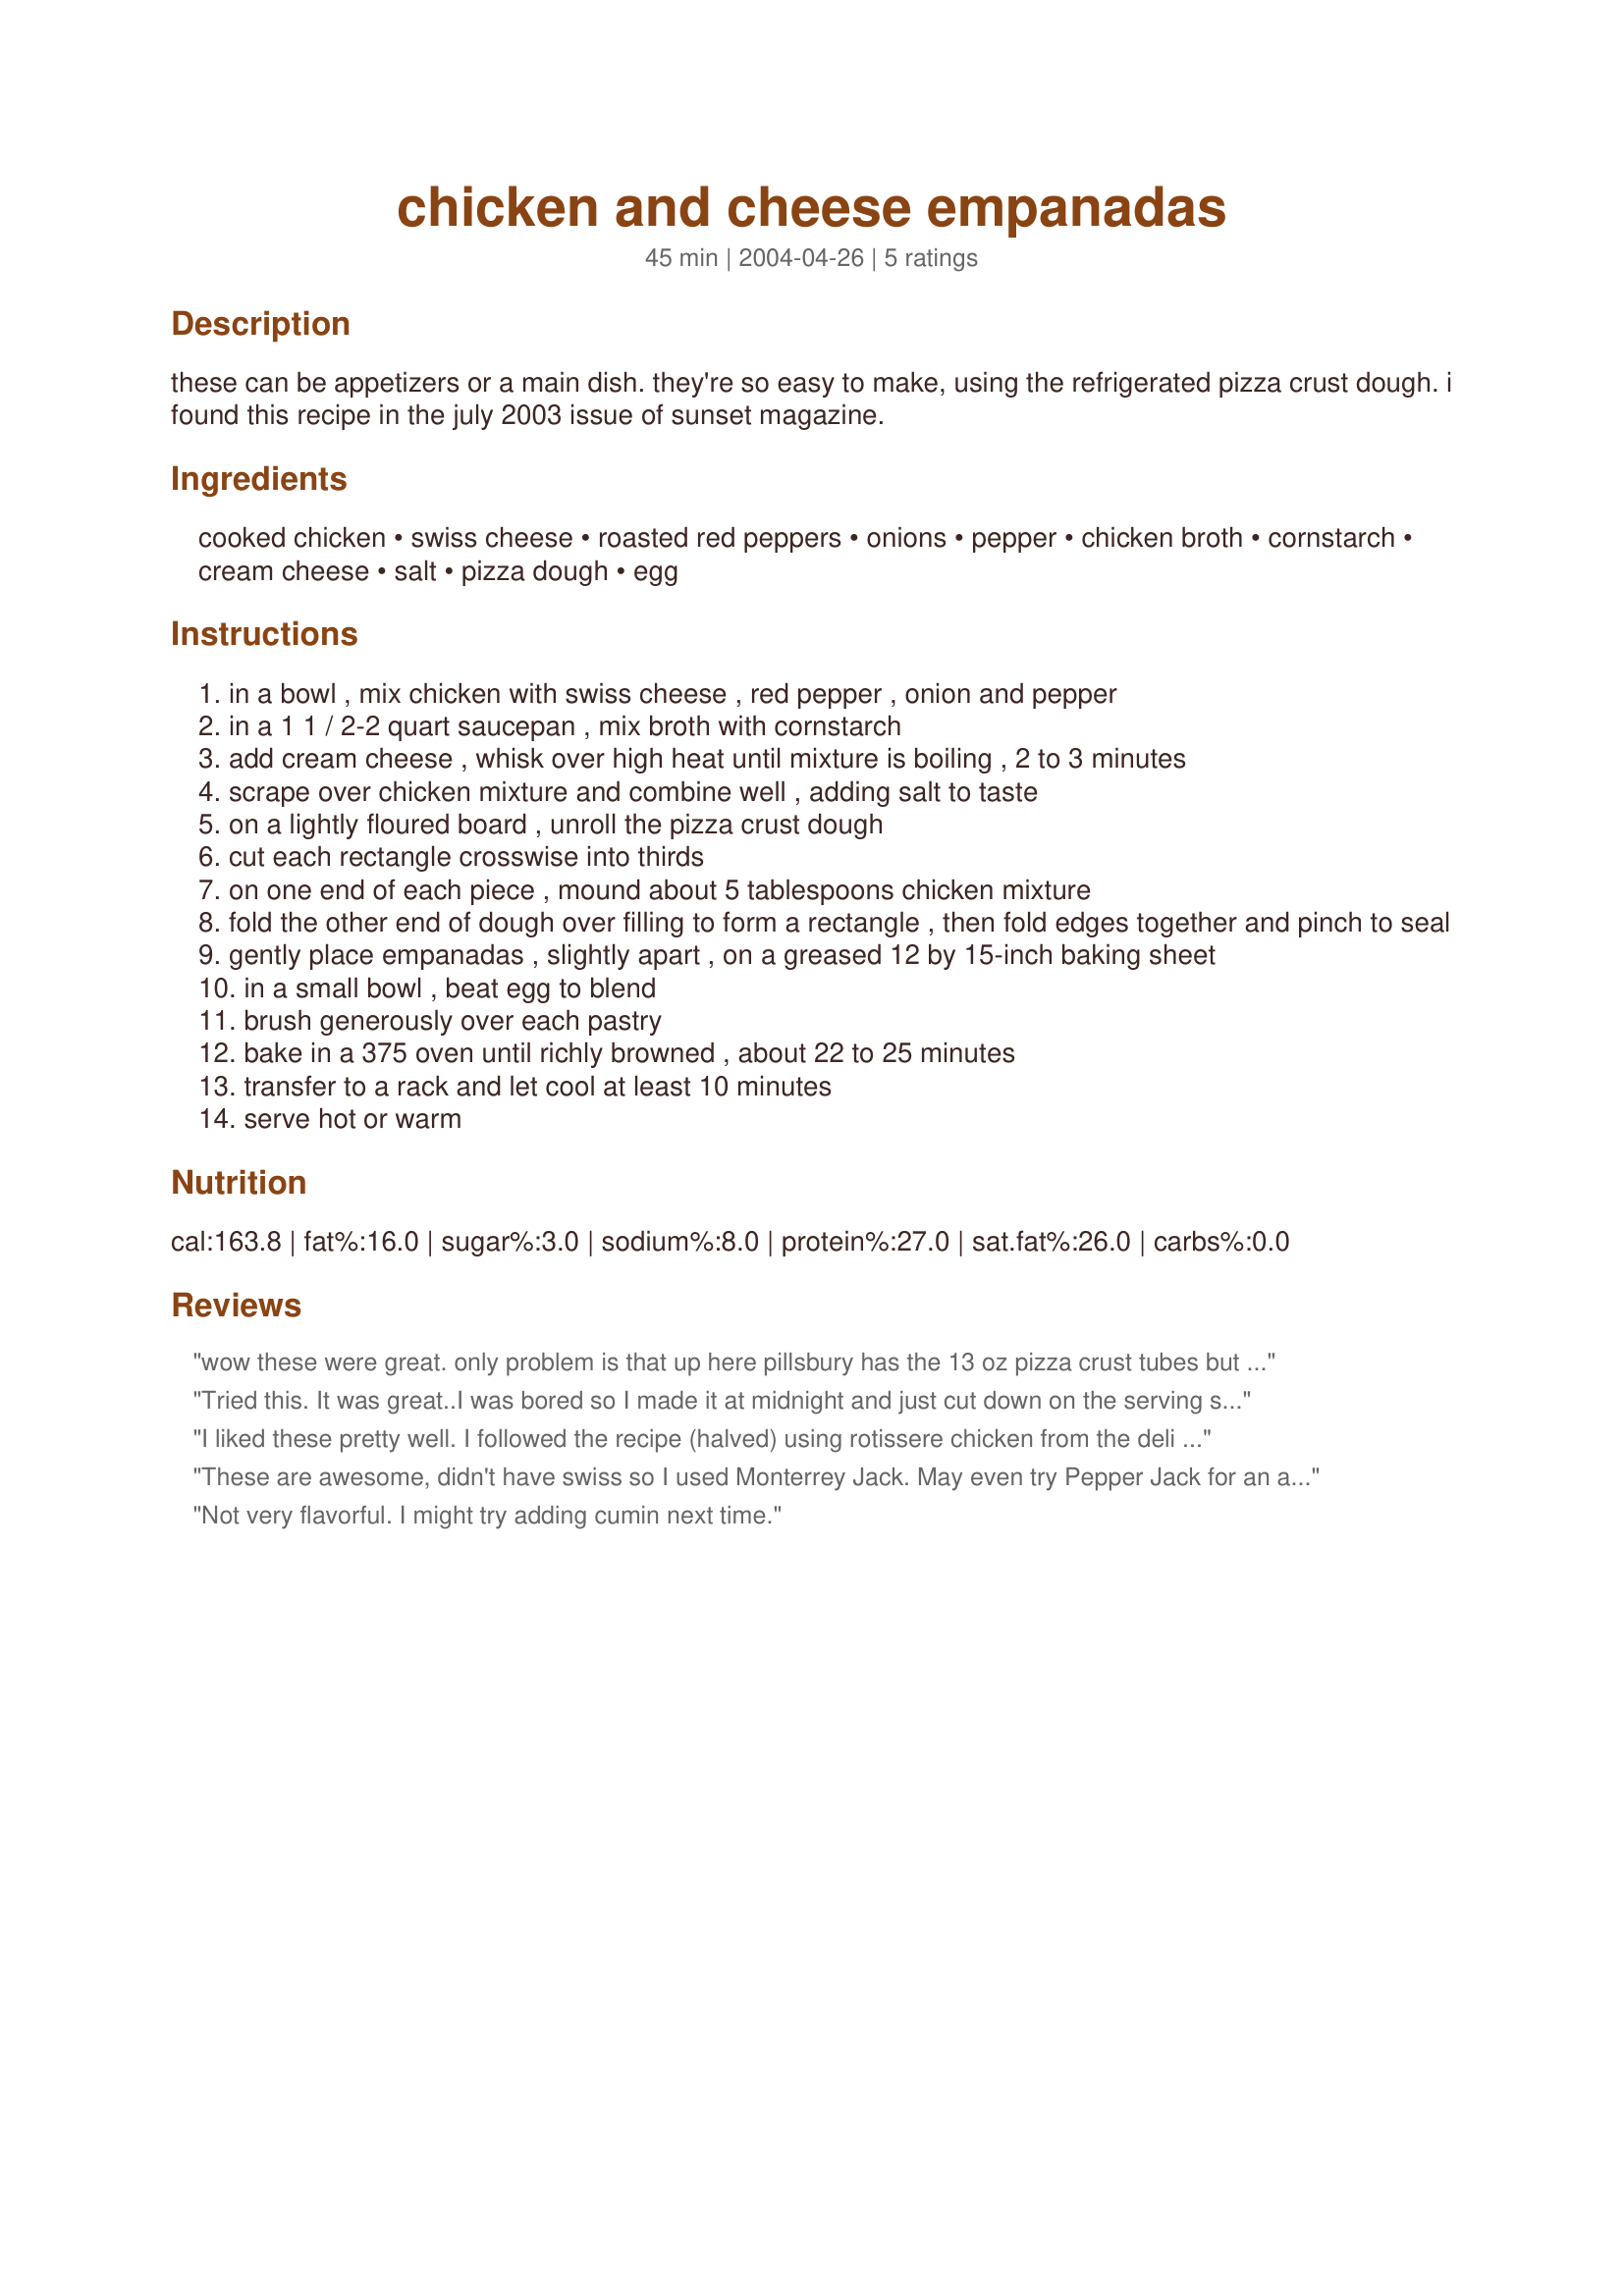
chicken and cheese empanadas
Preparation time: 45 minutes

these can be appetizers or a main dish. they're so easy to make, using the refrigerated pizza crust dough. i found this recipe in the july 2003 issue of sunset magazine.

Ingredients:
cooked chicken, swiss cheese, roasted red peppers, onions, pepper, chicken broth, cornstarch, cream cheese, salt, pizza dough, egg

Steps:
in a bowl , mix chicken with swiss cheese , red pepper , onion and pepper
in a 1 1 / 2-2 quart saucepan , mix broth with cornstarch
add cream cheese , whisk over high heat until mixture is boiling , 2 to 3 minutes
scrape over chicken mixture and combine well , adding salt to taste
on a lightly floured board , unroll the pizza crust dough
cut each rectangle crosswise into thirds
on one end of each piece , mound about 5 tablespoons chicken mixture
fold the other end of dough over filling to form a rectangle , then fold edges together and pinch to seal
gently place empanadas , slightly apart , on a greased 12 by 15-inch baking sheet
in a small bowl , beat egg to blend
brush generously over each pastry
bake in a 375 oven until richly browned , about 22 to 25 minutes
transfer to a rack and let cool at least 10 minutes
serve hot or warm

Reviews:
wow these were great. only problem is that up here pillsbury has the 13 oz pizza crust tubes but that didnt stop me from making these. i made them with recipe #63396 spanish rice. nice thank you Hey Jude for a wonderful recipe
Tried this. It was great..I was bored so I made it at midnight and just cut down on the serving size. I had all of the ingredients so figured why not. I hope they reheat well since I was the only one up at the time.



Leanne

p.s. 
I tried this again and saved time by getting a rotissere chicken from the deli. I use part of it for sandwiches, soup etc. (its great for soup since you can use the carcass for the stock, and the extra chicken for the soup (or stew). Thought this might be helpful.

They can be reheated. I used my panini press and they turned out great.
I liked these pretty well. I followed the recipe (halved) using rotissere chicken from the deli counter. 
I think I will try to make it a bit more tex-mex next time by using monterrey cheddar and adding in some chopped green chilies and garlic powder. 
I loved the idea of the refrigerator pizza dough since I'm not good with pastry. 
Thanks for a good recipe.
These are awesome, didn't have swiss so I used Monterrey Jack. May even try Pepper Jack for an added kick.
Not very flavorful. I might try adding cumin next time.
